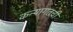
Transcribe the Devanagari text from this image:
कन्यागतची